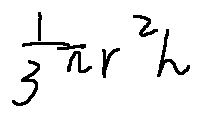
\frac { 1 } { 3 } \pi r ^ { 2 } h